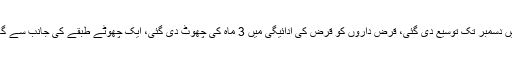
ان دنوں منسوخ یا تنسیخ کے قریب ویزوں میں دسمبر تک توسیع دی گئی، قرض داروں کو قرض کی ادائیگی میں 3 ماہ کی چھوٹ دی گئی، ایک چھوٹے طبقے کی جانب سے گھروں اور دفاتر کے کرایے بھی معاف کیے۔